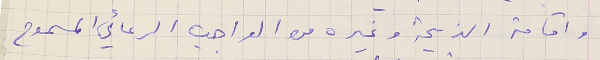
واقامة الذبيحة وغيره من الواجب الرعائي المسموح